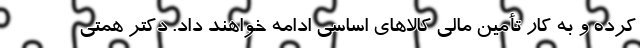
کرده و به کار تأمین مالی کالاهای اساسی ادامه خواهند داد. دکتر همتی